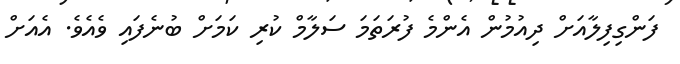
ފަންގިފިލާއަށް ދިއުމުން އެންމެ ފުރަތަމަ ސަލާމް ކުރި ކަމަށް ބުނެފައި ވެއެވެ. އެއަށް